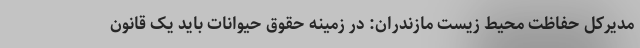
مدیرکل حفاظت محیط زیست مازندران: در زمینه حقوق حیوانات باید یک قانون